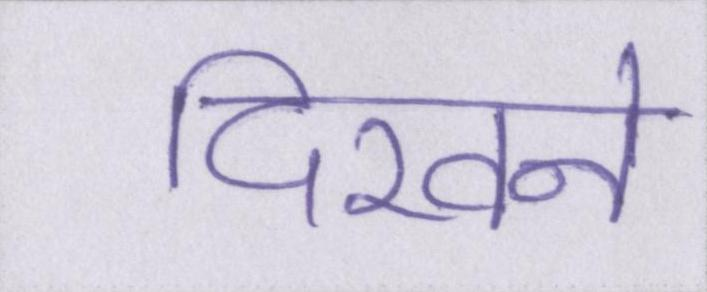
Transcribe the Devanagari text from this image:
दिखने